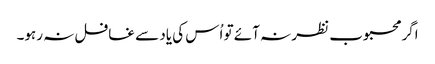
اگر محبوب نظر نہ آئے تو اُس کی یاد سے غافل نہ رہو۔